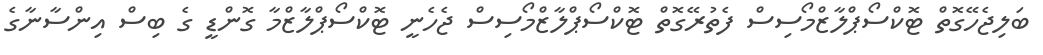
ބަލިޖެހޭގޮތް ޓޮކްސޯޕްލާޒްމޯސިސް ފެތުރޭގޮތް ޓޮކްސޯޕްލާޒްމޯސިސް ޖެހެނީ ޓޮކްސޯޕްލާޒްމާ ގޮންޑީ ގެ ބިސް އިންސާނާގެ